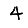
Digit: 4